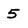
Character: 5